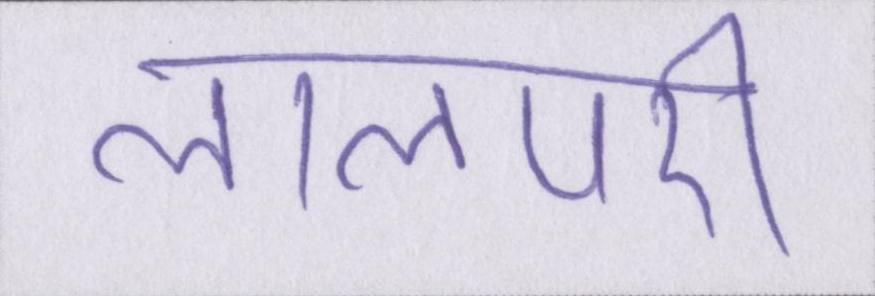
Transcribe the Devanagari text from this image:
लालपरी